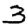
Digit: 3